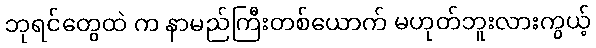
ဘုရင်တွေထဲ က နာမည်ကြီးတစ်ယောက် မဟုတ်ဘူးလားကွယ့်